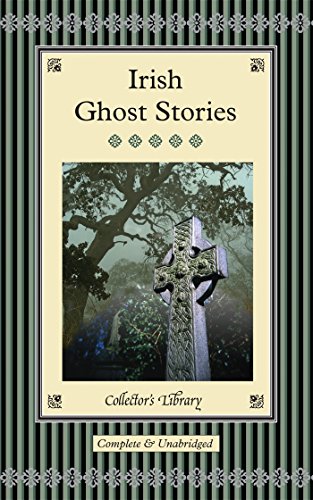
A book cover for Irish Ghost Stories (Collector's Library); Literature & Fiction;